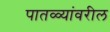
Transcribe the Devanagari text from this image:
पातळ्यांवरील